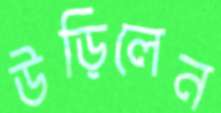
উড়িলেন